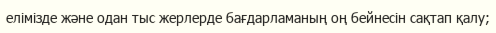
елімізде және одан тыс жерлерде бағдарламаның оң бейнесін сақтап қалу;